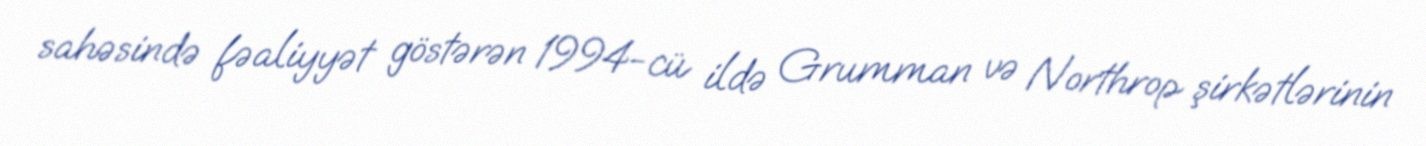
sahəsində fəaliyyət göstərən 1994-cü ildə Grumman və Northrop şirkətlərinin